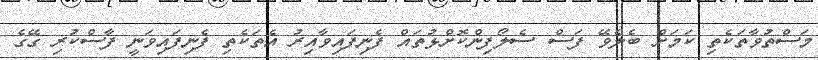
މަސްތުވާތަކެތި ކަމަށް ބެލެވޭ ފަސް ސެލޯފިންކޮށްޅުތައް ފެނިފައިވާއިރު އެތަކެތި ފެނިފައިވަނީ ފާސްކުރި ގޭގެ